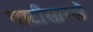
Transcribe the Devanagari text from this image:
वाटीसारखे